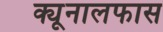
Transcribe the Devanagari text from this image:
क्यूनालफास